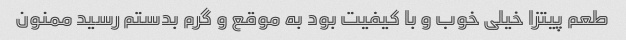
طعم پیتزا خیلی خوب و با کیفیت بود به موقع و گرم بدستم رسید ممنون